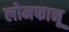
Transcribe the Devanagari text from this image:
लोमफानू